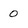
Character: 0